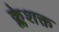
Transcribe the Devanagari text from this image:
क्लेशक्त